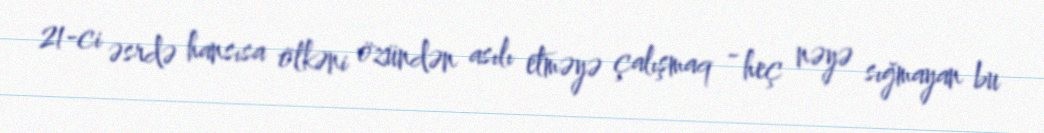
21-ci əsrdə hansısa ölkəni özündən asılı etməyə çalışmaq - heç nəyə sığmayan bu